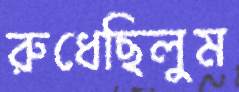
রুধেছিলুম